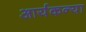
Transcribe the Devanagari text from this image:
आर्यकन्या